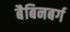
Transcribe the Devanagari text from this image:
बैबिनबर्ग